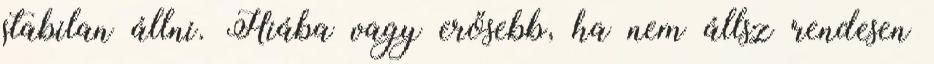
stabilan állni. Hiába vagy erősebb, ha nem állsz rendesen